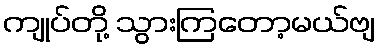
ကျုပ်တို့ သွားကြတော့မယ်ဗျ